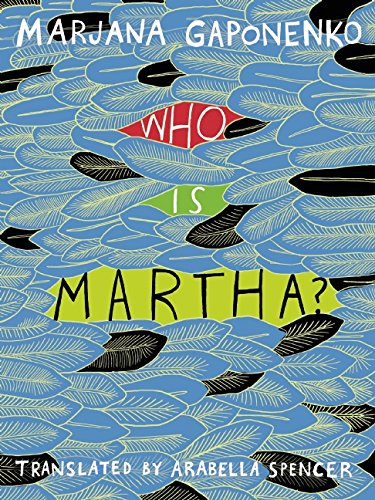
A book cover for Who Is Martha?; Marjana Gaponenko; Travel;